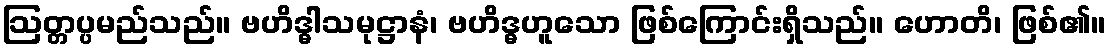
ဩတ္တပ္ပမည်သည်။ ဗဟိဒ္ဓါသမုဋ္ဌာနံ၊ ဗဟိဒ္ဓဟူသော ဖြစ်ကြောင်းရှိသည်။ ဟောတိ၊ ဖြစ်၏။